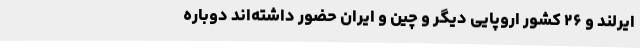
ایرلند و ۲۶ کشور اروپایی دیگر و چین و ایران حضور داشته‌اند دوباره